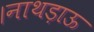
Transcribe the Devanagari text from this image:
।नाथड़ाऊ